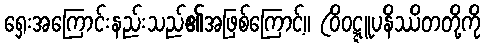
ရှေးအကြောင်းနည်းသည်၏အဖြစ်ကြောင့်။ (ဝိဝဋ္ဋူပနိဿိတတို့ကို